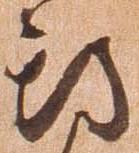
期